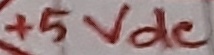
Text: +5Vdc